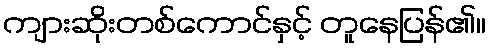
ကျားဆိုးတစ်ကောင်နှင့် တူနေပြန်၏။